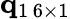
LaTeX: {\mathbf q}_{1\, 6\times 1}